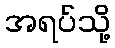
အရပ်သို့